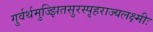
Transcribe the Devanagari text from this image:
गुर्वर्थमुज्झितसुरस्पृहराज्यलक्ष्मीः